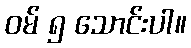
ဝမ် ၅ သောင်းပါ။